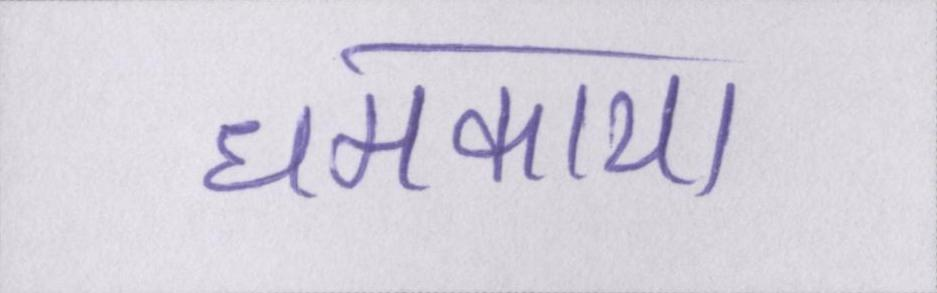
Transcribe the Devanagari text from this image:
धमकाया